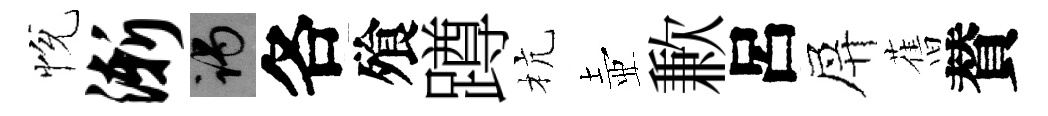
恱渐谒各飱蹲杭壺歉呂屏𦾔賛